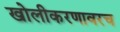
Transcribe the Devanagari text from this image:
खोलीकरणावरच